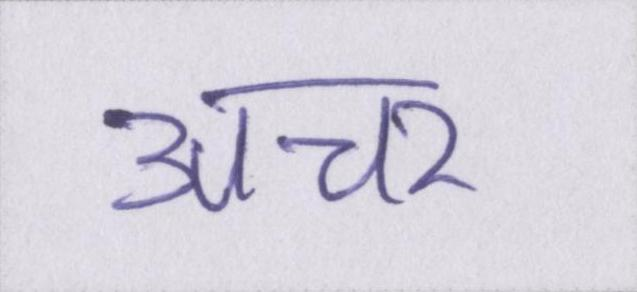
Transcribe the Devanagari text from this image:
अचर